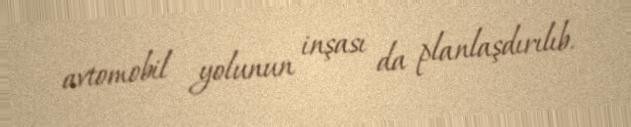
avtomobil yolunun inşası da planlaşdırılıb.